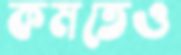
কমতেও